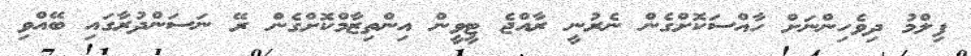
ފިލްމު ދިވެހިންނަށް ހާއްސަކޮށްގެން ނެރުނީ ރާއްޖެ ޓީވީން އިންތިޒާމްކޮށްގެން ރޭ ނަސަންދުރާގައި ބޭއްވި